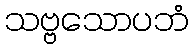
သဗ္ဗသောပဘံ